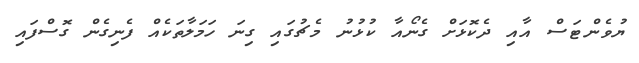
ޔުވެންޓަސް އާއި ދެކޮޅަށް ގެނޯއާ ކުޅުނު މެޗުގައި ގިނަ ހަމަލާތަކެއް ފެނިގެން ގޮސްފައި